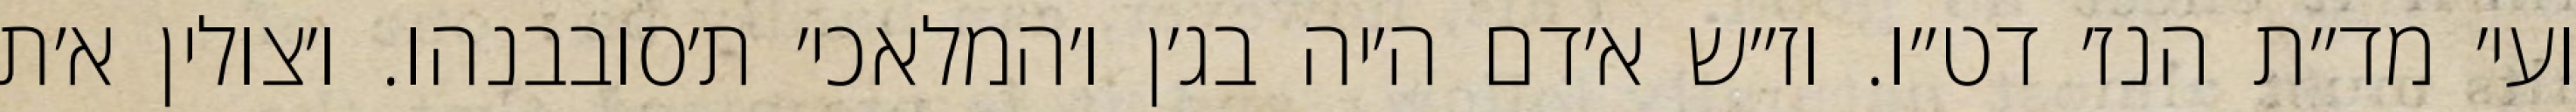
ועי׳ מד״ת הנז׳ דט״ו. וז״ש א׳דם ה׳יה בג׳ן ו׳המלאכי׳ ת׳סובבנהו. ו׳צולין א׳ת